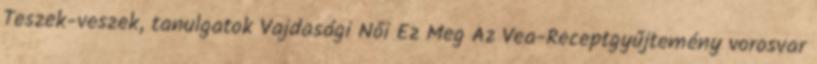
Teszek-veszek, tanulgatok Vajdasági Női Ez Meg Az Vea-Receptgyűjtemény vorosvar